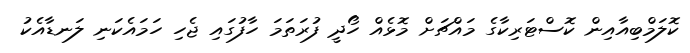
ކޮލަމްބިއާއިން ކޮސްޓަރިކާގެ މައްޗަށް މޮޅެއް ހޯދީ ފުރަތަމަ ހާފުގައި ޖެހި ހަމައެކަނި ލަނޑާއެކު